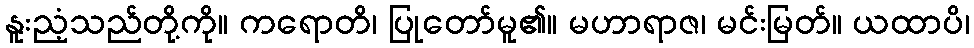
နူးညံ့သည်တို့ကို။ ကရောတိ၊ ပြုတော်မူ၏။ မဟာရာဇ၊ မင်းမြတ်။ ယထာပိ၊